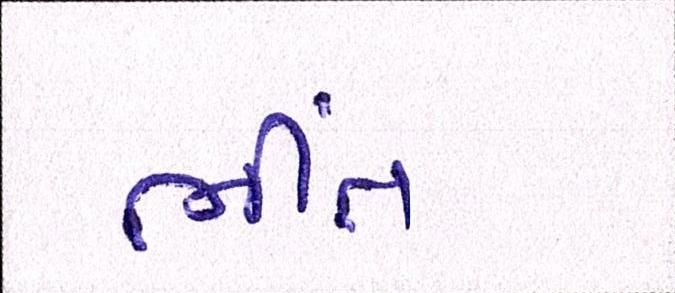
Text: ભીંત